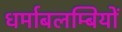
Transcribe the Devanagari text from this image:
धर्माबलम्बियों